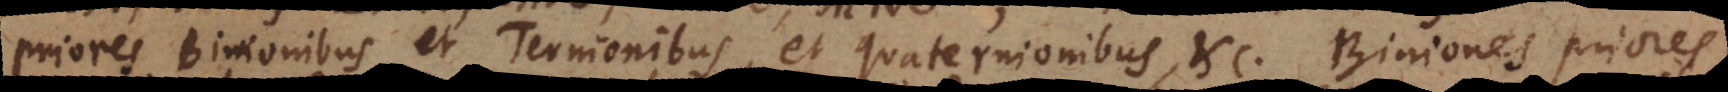
priores Binionibus et Ternionibus, et Quaternionibus, etc., Biniones priores